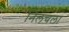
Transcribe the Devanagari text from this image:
निलचला